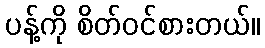
ပန့်ကို စိတ်ဝင်စားတယ်။